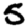
Digit: 5